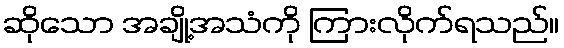
ဆိုသော အချို့အသံကို ကြားလိုက်ရသည်။